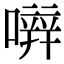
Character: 𡁈